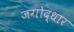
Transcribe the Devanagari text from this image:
जगोद्धार